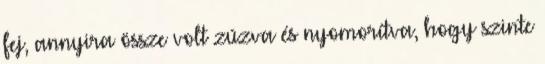
fej, annyira össze volt zúzva és nyomorítva, hogy szinte